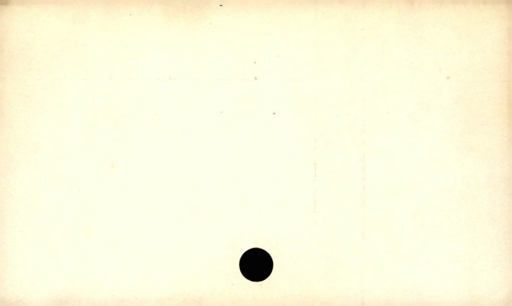
Label: blank